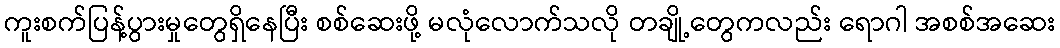
ကူးစက်ပြန့်ပွားမှုတွေရှိနေပြီး စစ်ဆေးဖို့ မလုံလောက်သလို တချို့တွေကလည်း ရောဂါ အစစ်အဆေး